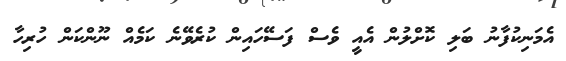
އެމަނިކުފާނު ބަލި ކޮށްލުން އެއީ ވެސް ފަސޭހައިން ކުރެވޭނެ ކަމެއް ނޫންކަން ހުރިހާ